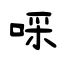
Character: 啋